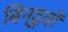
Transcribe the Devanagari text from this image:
बिन्दुवों